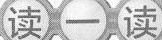
读一读